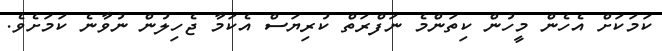
ކަމަކަށް އެހެން މީހުން ކިތަންމެ ނަފްރަތް ކުރިޔަސް އެކަމާ ޖެހިލުން ނުވާނެ ކަމަށެވެ.